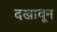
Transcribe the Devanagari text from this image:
दखावून